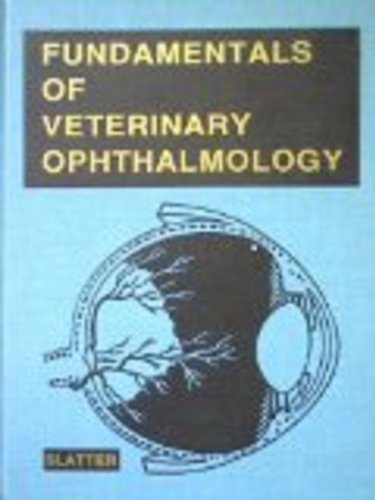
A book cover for Fundamentals of Veterinary Ophthalmology; Douglas H. Slatter; Medical Books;